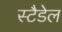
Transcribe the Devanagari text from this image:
स्टैडेल